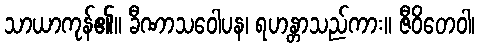
သာယာကုန်၏။ ခီဏာသဝေါပန၊ ရဟန္တာသည်ကား။ ဇီဝိတေဝါ၊